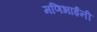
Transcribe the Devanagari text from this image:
मणिभाईंनी